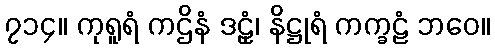
၇၁၄။ ကုရူရံ ကဌိနံ ဒဠှံ၊ နိဋ္ဌုရံ ကက္ခဠံ ဘဝေ။